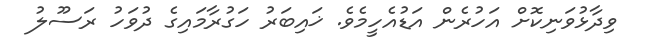
ވިދާޅުވަނިކޮށް އަހުރެން އަޑުއެހީމެވެ. ޚައިބަރު ހަގުރާމައިގެ ދުވަހު ރަސޫލު